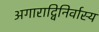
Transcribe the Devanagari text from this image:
अगाराद्विनिर्वास्य